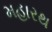
મહારથ